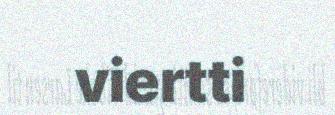
viertti